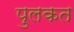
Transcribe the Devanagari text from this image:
पुलकत